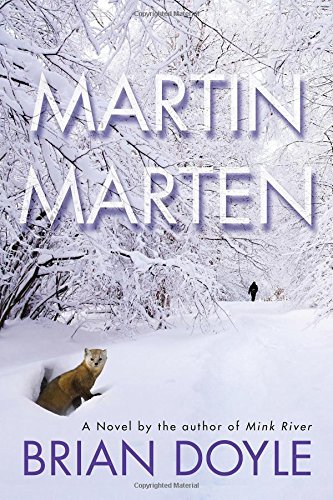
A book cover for Martin Marten: A Novel; Brian Doyle; Literature & Fiction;